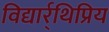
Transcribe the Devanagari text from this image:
विद्यार्र्थिप्रिय